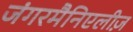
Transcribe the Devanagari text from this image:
जंगरमैनिएलीज़